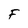
Character: F